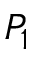
P _ { 1 }